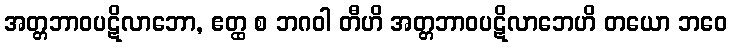
အတ္တဘာဝပဋိလာဘော, ဧတ္ထ စ ဘဂဝါ တီဟိ အတ္တဘာဝပဋိလာဘေဟိ တယော ဘဝေ